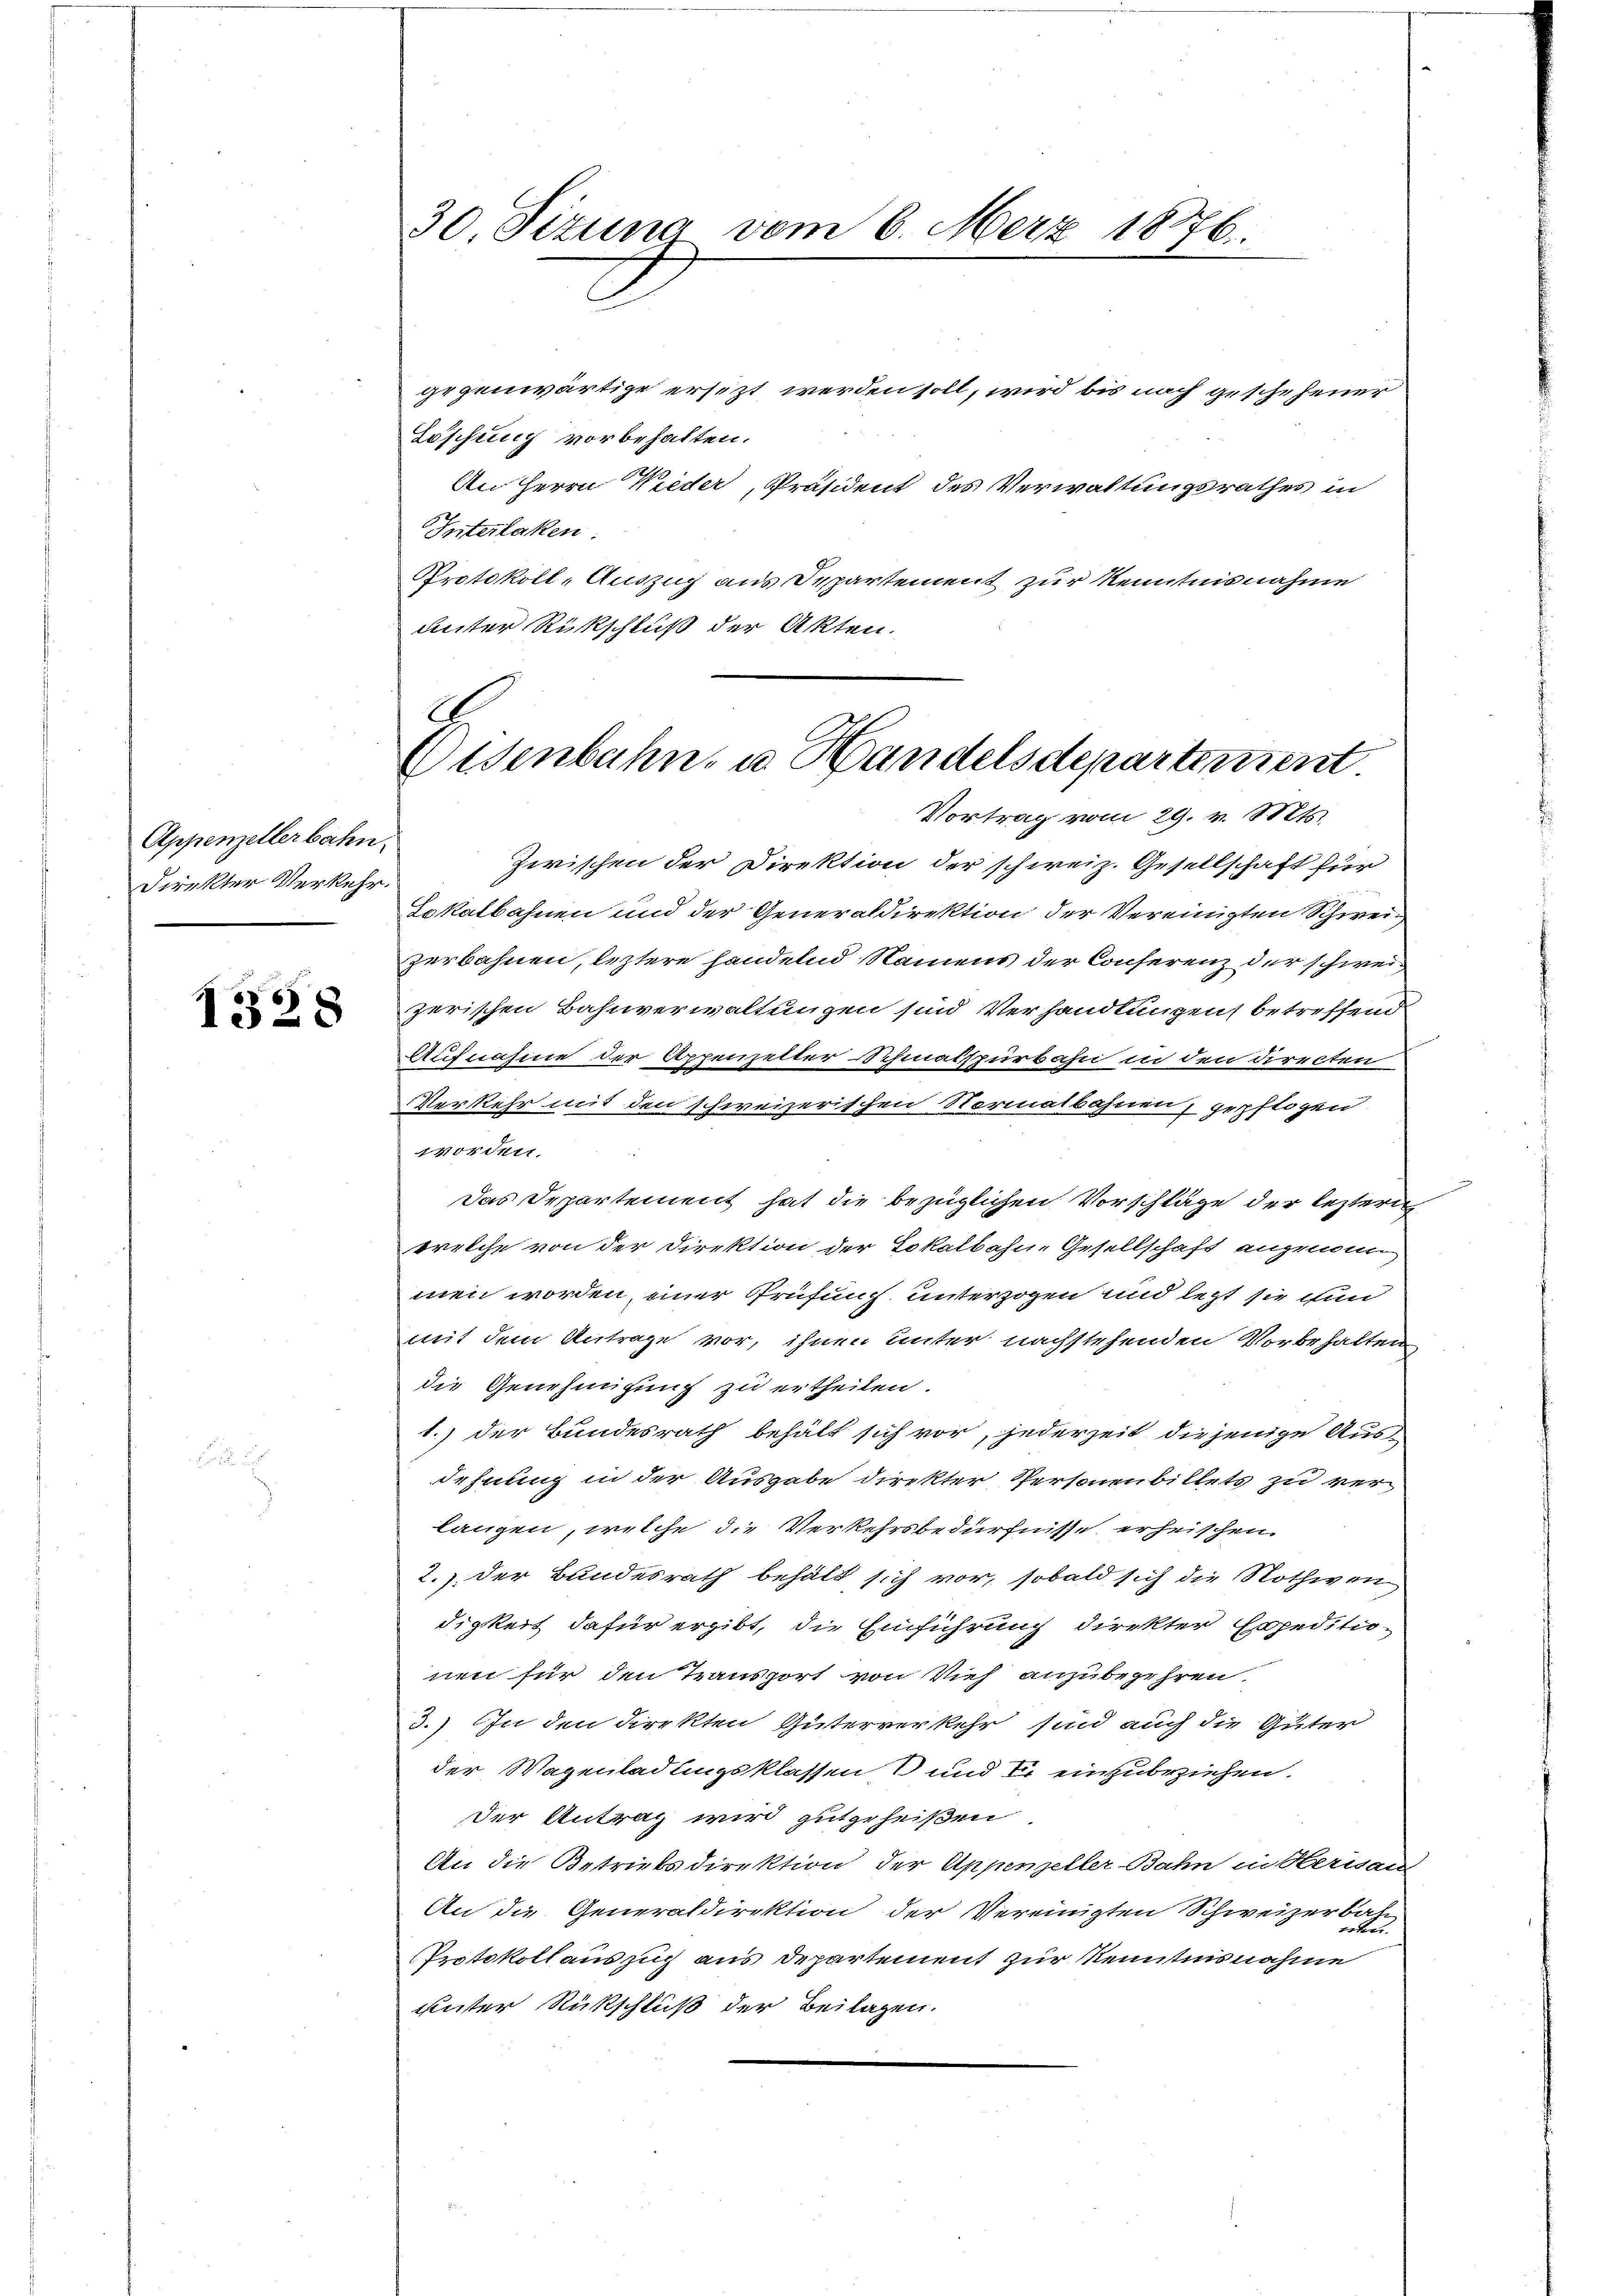
Appenzellerbahn.
Direkter Verkehr.

1328

Protokoll-Auszug aus Departement zur Kenntnisnahme
unter Rückschluß der Akten.

30. Sizung vom 6. März 1876.
gegenwärtige ersezt werden soll, wird bis nach geschehener
Löschung vorbehalten.
An Herrn Wieder, Präsident des Verwaltungsrathes in
Interlaken.

Zwischen der Direktion der schweiz. Gesellschaft für
Lokalbahnen und der Generaldirektion der Vereinigten Schweizerbahnen, leztere handelnd Namens der Conferenz der schweizerischen Bahnverwaltungen sind Verhandlungen, betreffend
Aufnahme der Appenzelter Schmatspürbahn in den directen
Verkehr mit den schweizerischen Normalbahnen, gepflogen
worden.
Das Departement hat die bezüglichen Vorschläge der leztern
welche von der Direktion der Lokalbahn-Gesellschaft angenom
men worden, einer Prüfung unterzogen und letzt sie ihn
mit dem Antrage vor, ihnen unter nachstehenden Vorbehalten
die Genehmigung zu ertheilen.
1.) der Bundesrath behält sich vor, jederzeit diejenige Ausdehnung in der Ausgabe direkter Personenbillets zu verlangen, welche die Verkehrsbedürfnisse erheischen.
2.) Der Bundesrath behält sich vor, sobald sich die Nothwen
digkeit dafür ergibt, die Einführung direkter Expeditionen für den Transport von Vieh anzubegehren.
3.) In den direkten Güterverkehr sind auch die Güter
der Wagenladungsklassen und er einzubeziehen.
der Antrag wird gutgeheißen
An die Betriebsdirektion der Appenzeller-Bahn in Hernau-
An die Generaldirektion der Vereinigten Schweizerbah-
reten.
Protokollauszug aus Departement zur Kenntnisnahme
unter Rückschluß der Beilagen.

G
Oesenbahn, u. Handelsdepartement
Vortrag vom 29. v. Mts.